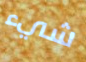
شيء